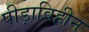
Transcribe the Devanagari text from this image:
पीड़ाविहीन